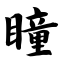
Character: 瞳